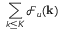
\sum _ { k \le K } \mathcal { F } _ { u } ( { \bf k } )